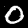
Label: 0